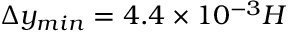
\Delta y _ { m i n } = 4 . 4 \times 1 0 ^ { - 3 } H